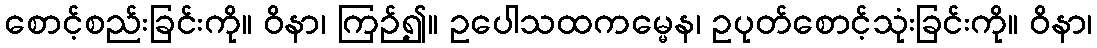
စောင့်စည်းခြင်းကို။ ဝိနာ၊ ကြဉ်၍။ ဥပေါသထကမ္မေန၊ ဥပုတ်စောင့်သုံးခြင်းကို။ ဝိနာ၊